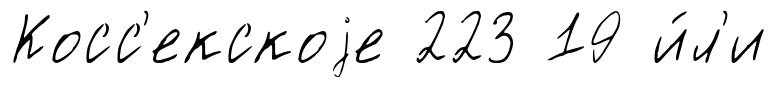
Косс'екскоjе 223 19 и́л'и